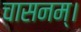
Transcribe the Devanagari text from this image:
चासनम्‌।